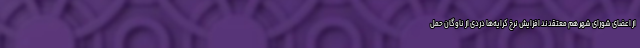
از اعضای شورای شهر هم معتقدند افزایش نرخ کرایه‌ها دردی از ناوگان حمل